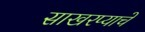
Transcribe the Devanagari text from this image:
साखरप्याचे